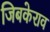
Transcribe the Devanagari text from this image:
जिबकेराव